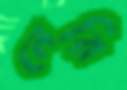
নেরি